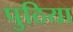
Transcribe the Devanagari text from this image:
पुठिया